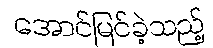
အောင်မြင်ခဲ့သည့်